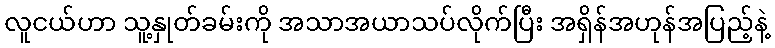
လူငယ်ဟာ သူ့နှုတ်ခမ်းကို အသာအယာသပ်လိုက်ပြီး အရှိန်အဟုန်အပြည့်နဲ့